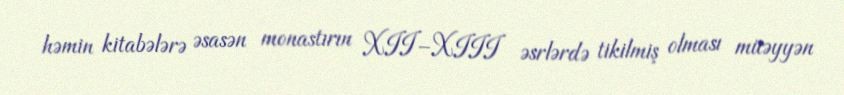
həmin kitabələrə əsasən monastırın XII–XIII əsrlərdə tikilmiş olması müəyyən